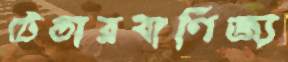
টেন্ডারবাণিজ্য